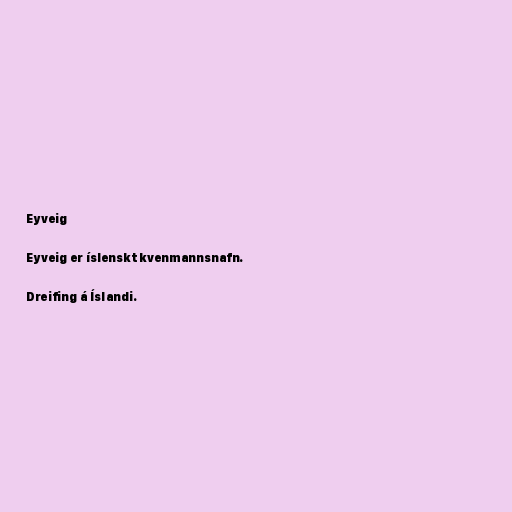
Eyveig

Eyveig er íslenskt kvenmannsnafn.

Dreifing á Íslandi.